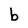
Character: b